Report on leprosy in the North-Western Provinces
Disease focus: Leprosy
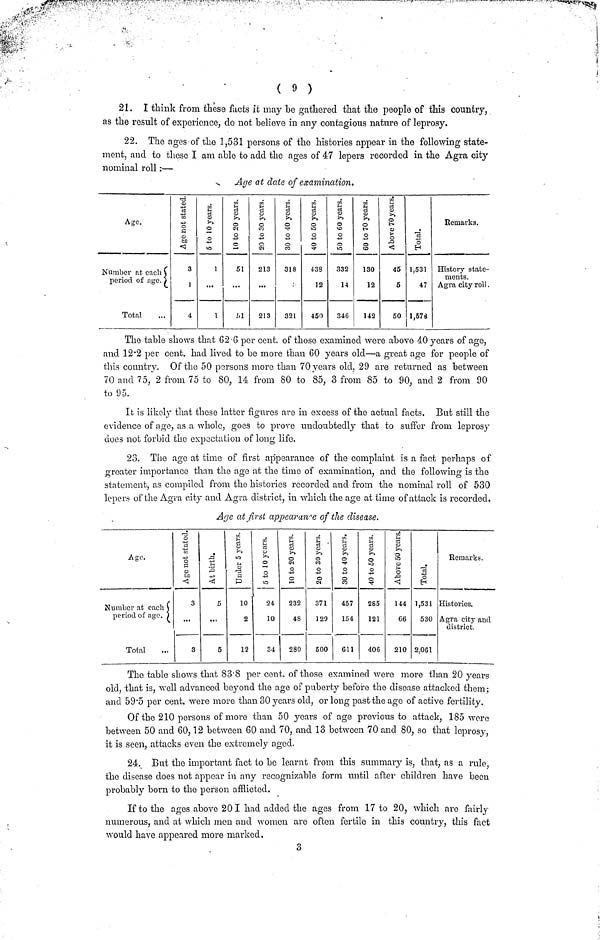
( 9 )
21. I think from these facts it may be gathered that the people of this country,
as the result of experience, do not believe in any contagious nature of leprosy.
22. The ages of the 1,531 persons of the histories appear in the following state-
ment, and to these I am able to add the ages of 47 lepers recorded in the Agra city
nominal roll :—
Age at date of examination.
Age.
Number at each
period of age.
Total
Age not stated
3
1
4
5 to 10 years.
1
...
1
10 to 20 years.
51
...
51
20 to 30 years.
213
...
213
30 to 40 years.
318
321
40 to 50 years.
43S
12
450
50 to 60 years.
332
14
346
60 to 70 years.
130
12
142
Above 70 years.
45
5
50
Total.
1,531
47
1,578
Remarks.
History state-
ments.
Agra city roll.
The table shows that 62.6 per cent. of those examined were above 40 years of ago,
and 12.2 per cent. had lived to be more than 60 years old—a great age for people of
this country. Of the 50 persons more than 70 years old, 29 are returned as between
70 and 75, 2 from 75 to 80, 14 from 80 to 85, 3 from 85 to 90, and 2 from 90
to 95.
It is likely that these latter figures are in excess of the actual facts. But still the
evidence of age, as a whole, goes to prove undoubtedly that to suffer from leprosy
does not forbid the expectation of long life.
23. The age at time of first appearance of the complaint is a fact perhaps of
greater importance than the age at the time of examination, and the following is the
statement, as compiled from the histories recorded and from the nominal roll of 530
lepers of the Agra city and Agra district, in which the age at time of attack is recorded.
Age at first appearance of the disease.
Age.
Number at each
period of age.
Total
Age not stated.
3
...
3
At birth.
5
...
5
Under 5 years.
10
2
12
5 to 10 years.
24
10
34
10 to 20 years.
232
48
280
20 to 30 years.
371
120
500
30 to 40 years.
457
154
611
40 to 50 years.
285
121
406
Above 50 years
144
66
210
Total.
1,531
530
2,061
Remarks.
Histories.
Agra city and
district.
The table shows that 83.8 per cent, of those examined wore more than 20 years
old, that is, well advanced beyond the age of puberty before the disease attacked them ;
and 59.5 per cent, were more than 30 years old, or long past the age of active fertility.
Of the 210 persons of more than 50 years of age previous to attack, 185 were
between 50 and 60, 12 between 60 and 70, and 13 between 70 and 80, so that leprosy,
it is seen, attacks even the extremely aged.
24. But the important fact to be learnt from this summary is, that, as a rule,
the disease does not appear in any recognizable form until after children have been
probably born to the person afflicted.
If to the ages above 20 I had added the ages from 17 to 20, which are fairly
numerous, and at which men and women are often fertile in this country, this fact
would have appeared more marked,
3